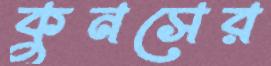
কুনসের